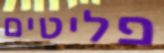
פליטים